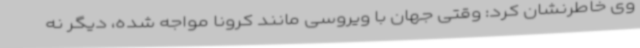
وی خاطرنشان کرد: وقتی جهان با ویروسی مانند کرونا مواجه شده، دیگر نه